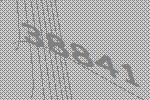
38841